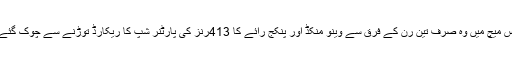
اس میچ میں وہ صرف تین رن کے فرق سے وینو منکڈ اور پنکج رائے کا 413رنز کی پارٹنر شپ کا ریکارڈ توڑنے سے چوک گئے۔